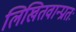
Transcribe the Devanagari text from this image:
लिखितवान्प्रातः